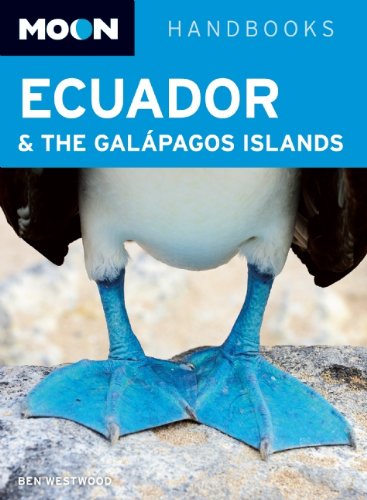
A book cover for Moon Ecuador & the GalÃ¡pagos Islands (Moon Handbooks); Ben Westwood; Travel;